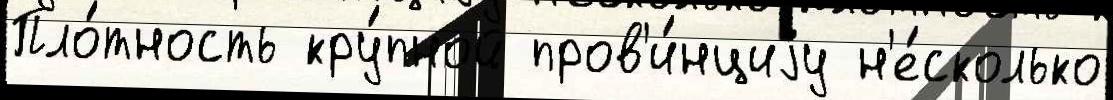
Пло́тность кру́пной пров'и́нциjу н'е́сколько